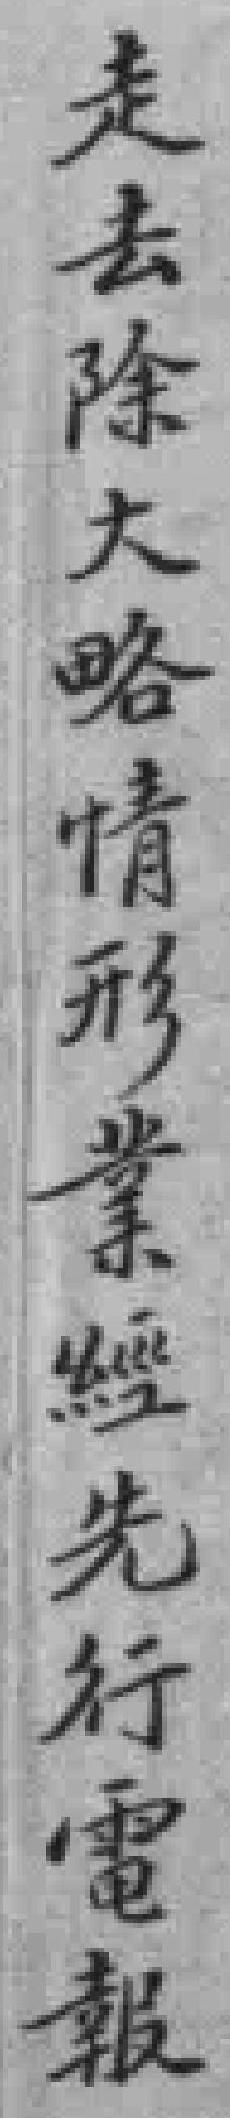
走去除大略情形業經先行電報